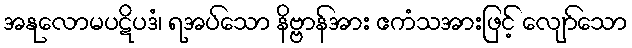
အနုလောမပဋိပဒံ၊ ရအပ်သော နိဗ္ဗာန်အား ဧကံသအားဖြင့် လျော်သော